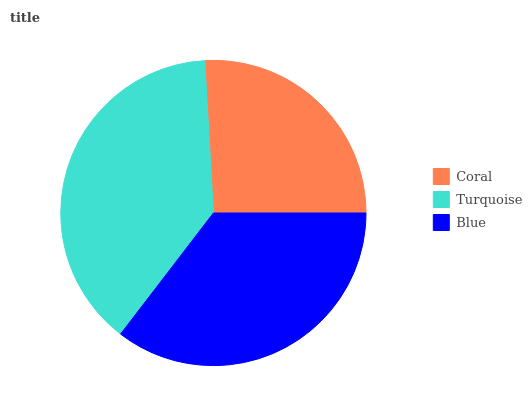
| Coral | Turquoise | Blue |
 | --- | --- | --- |
 | 26% | 38.7% | 35.4% |